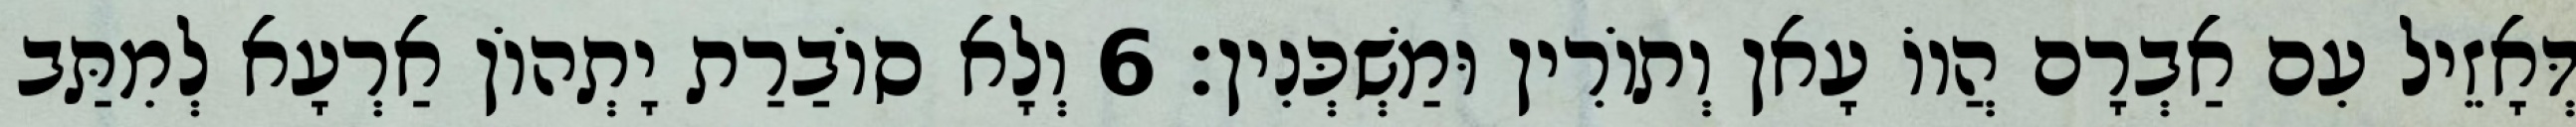
דְּאָזֵיל עִם אַבְרָם הֲווֹ עָאן וְתוֹרִין וּמַשְׁכְּנִין׃ 6 וְלָא סוֹבַרַת יָתְהוֹן אַרְעָא לְמִתַּב